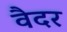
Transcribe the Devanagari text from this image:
वैदर